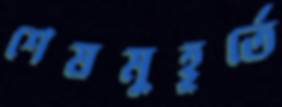
শেষমুহূর্তে